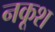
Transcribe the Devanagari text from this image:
नकूश